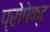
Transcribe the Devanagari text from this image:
प्रोपेक्ट